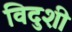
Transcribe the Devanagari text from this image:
विदुशी